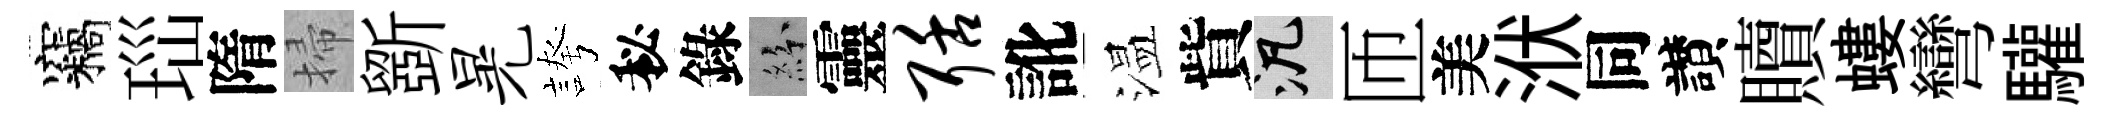
竊𤤼隋掃斵晃誇秘錄紛靈聒訛温貲泛匝美洑同讃贖螻彎驩